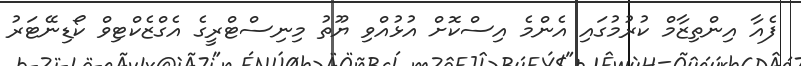
ފެއާ އިންތިޒާމް ކުރުމުގައި އެންމެ އިސްކޮށް އުޅުއްވި ޔޫތު މިނިސްޓްރީގެ އެގްޒެކްޓިވް ކޯޑިނޭޓަރު